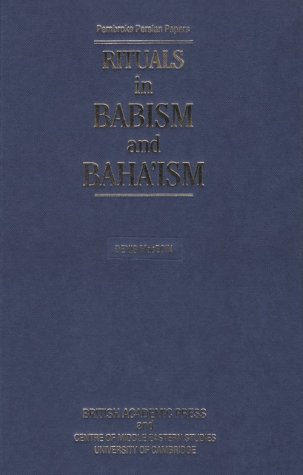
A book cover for Rituals in Babism and Baha'ism (Pembroke Persian Papers); Denis McEoin; Religion & Spirituality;